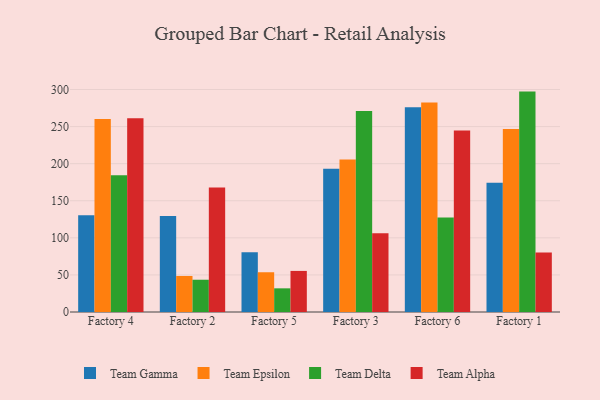
{"axis": {"x": "Factory", "y": "Satisfaction Score"}, "legend": ["Team Alpha", "Team Delta", "Team Epsilon", "Team Gamma"], "data": [{"x": "Factory 4", "y": 130.6, "type": "Team Gamma"}, {"x": "Factory 4", "y": 260.3, "type": "Team Epsilon"}, {"x": "Factory 4", "y": 184.5, "type": "Team Delta"}, {"x": "Factory 4", "y": 261.4, "type": "Team Alpha"}, {"x": "Factory 2", "y": 129.3, "type": "Team Gamma"}, {"x": "Factory 2", "y": 48.6, "type": "Team Epsilon"}, {"x": "Factory 2", "y": 43.5, "type": "Team Delta"}, {"x": "Factory 2", "y": 168.0, "type": "Team Alpha"}, {"x": "Factory 5", "y": 80.6, "type": "Team Gamma"}, {"x": "Factory 5", "y": 53.6, "type": "Team Epsilon"}, {"x": "Factory 5", "y": 31.9, "type": "Team Delta"}, {"x": "Factory 5", "y": 55.4, "type": "Team Alpha"}, {"x": "Factory 3", "y": 193.3, "type": "Team Gamma"}, {"x": "Factory 3", "y": 205.7, "type": "Team Epsilon"}, {"x": "Factory 3", "y": 271.1, "type": "Team Delta"}, {"x": "Factory 3", "y": 106.1, "type": "Team Alpha"}, {"x": "Factory 6", "y": 276.2, "type": "Team Gamma"}, {"x": "Factory 6", "y": 282.4, "type": "Team Epsilon"}, {"x": "Factory 6", "y": 127.5, "type": "Team Delta"}, {"x": "Factory 6", "y": 244.6, "type": "Team Alpha"}, {"x": "Factory 1", "y": 174.3, "type": "Team Gamma"}, {"x": "Factory 1", "y": 246.8, "type": "Team Epsilon"}, {"x": "Factory 1", "y": 297.2, "type": "Team Delta"}, {"x": "Factory 1", "y": 80.2, "type": "Team Alpha"}]}